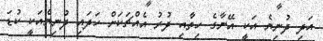
އަދި ދުނިޔެ އަކީ އޭނާގެ ހިތާއި ދުރު އެއްޗަކަށް ހަދައި ދުނިޔެއަކީ ކުޑަ